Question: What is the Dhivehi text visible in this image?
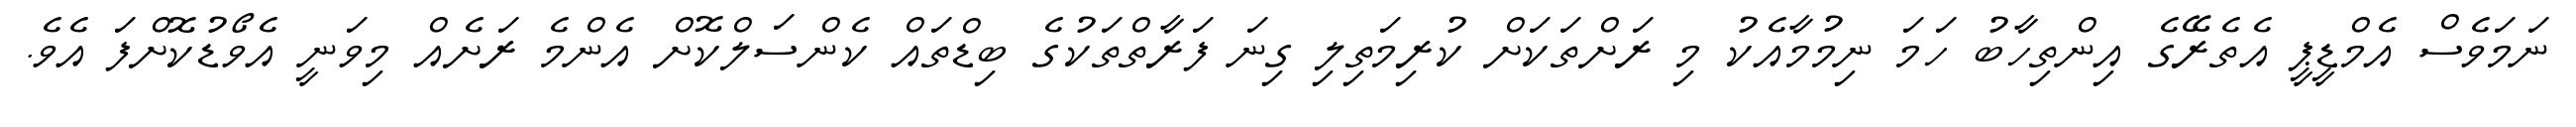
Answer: ނަމަވެސް އެމްޑީޕީ އެތެރޭގެ އިންތިހާބު ހަމަ ނިމުމާއެކު މި ރަށްތަކަށް ކުރިމަތިލި ގިނަ ފަރާތްތަކުގެ ބިޑްތައް ކެންސަލްކޮށް އެންމެ ރަށެއް މިވަނީ އެވޯޑުކޮށްފަ އެވެ.